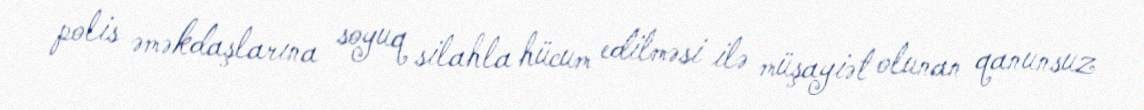
polis əməkdaşlarına soyuq silahla hücum edilməsi ilə müşayiət olunan qanunsuz